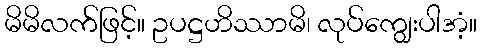
မိမိလက်ဖြင့်။ ဥပဋ္ဌဟိဿာမိ၊ လုပ်ကျွေးပါအံ့။